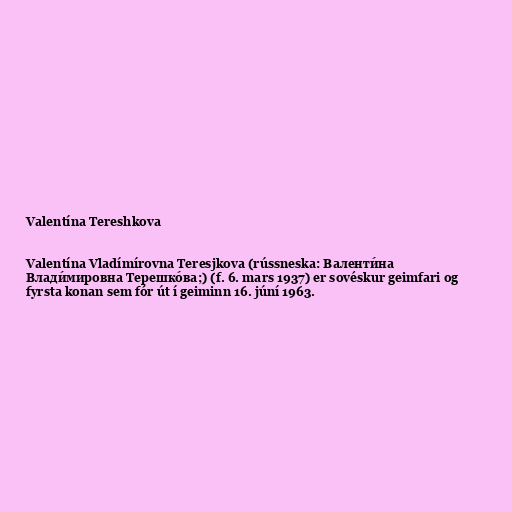
Valentína Tereshkova

Valentína Vladímírovna Teresjkova (rússneska: Валенти́на
Влади́мировна Терешко́ва;) (f. 6. mars 1937) er sovéskur geimfari og
fyrsta konan sem fór út í geiminn 16. júní 1963.